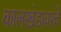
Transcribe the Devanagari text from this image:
कालखंडावरचे